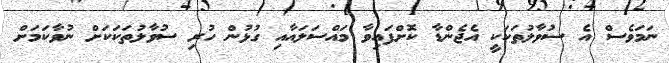
ނަމަވެސް އެ ސުވާލުތަކަކީ އެޖެންޑާ ކޮށްފައިވާ މައްސަލައާއި ގުޅުން ހުރި ސުވާލުތަކަކަށް ނުވާކަމަށް